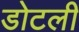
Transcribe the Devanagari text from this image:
डोटली